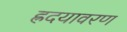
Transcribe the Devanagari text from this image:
ह्रदयावरण